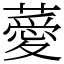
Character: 薆